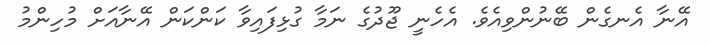
އޭނާ އެނގެން ބޭނުންވިއެވެ. އެހެނީ ޖޫދުގެ ނަމާ ގުޅިފައިވާ ކަންކަން އޭނާއަށް މުހިންމު